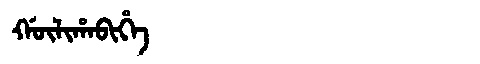
Manchu: ᡤᡡᠯᡳᡥᠠᠪᡳᡥᡝ
Romanization: GŪLIHABIHE